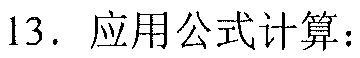
13. 应用公式计算：